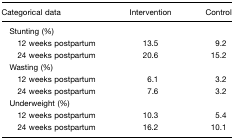
<table><thead><tr><td><b>Categorical data</b></td><td><b>Intervention</b></td><td><b>Control</b></td></tr></thead><tbody><tr><td> Stunting (%)</td><td></td><td></td></tr><tr><td>12 weeks postpartum</td><td>13.5</td><td>9.2</td></tr><tr><td>24 weeks postpartum</td><td>20.6</td><td>15.2</td></tr><tr><td> Wasting (%)</td><td></td><td></td></tr><tr><td>12 weeks postpartum</td><td>6.1</td><td>3.2</td></tr><tr><td>24 weeks postpartum</td><td>7.6</td><td>3.2</td></tr><tr><td> Underweight (%)</td><td></td><td></td></tr><tr><td>12 weeks postpartum</td><td>10.3</td><td>5.4</td></tr><tr><td>24 weeks postpartum</td><td>16.2</td><td>10.1</td></tr></tbody></table>